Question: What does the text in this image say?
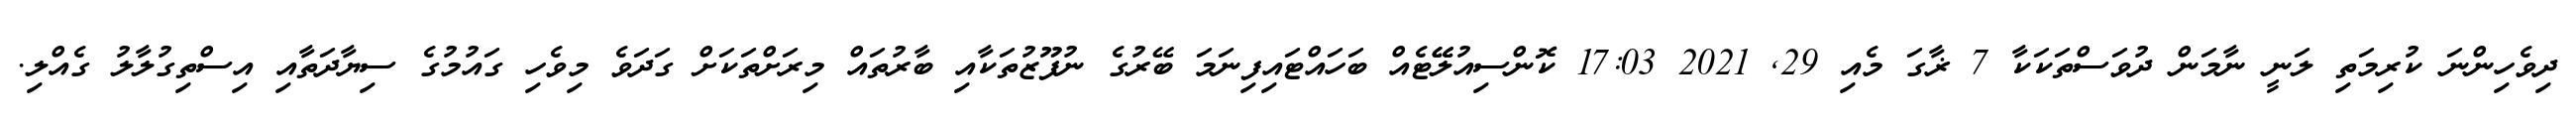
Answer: ދިވެހިންނަ ކުރިމަތި ލަނީ ނާމަން ދުވަސްތަކަކާ 7 ޜާގަ މެއި 29, 2021 17:03 ކޮންސިއުލޭޭޓެއް ބަހައްޓައިފިނަމަ ބޭރުގެ ނުފޫޒުތަކާއި ބާރުތައް މިރަށްތަކަށް ގަދަވެ މިވެހި ގައުމުގެ ސިޔާދަތާއި އިސްތިގުލާލު ގެއްލި.